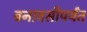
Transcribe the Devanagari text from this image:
बनावसीपर्यंत